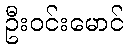
ဦးဝင်းမောင်